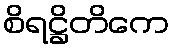
စိရဋ္ဌိတိကေ